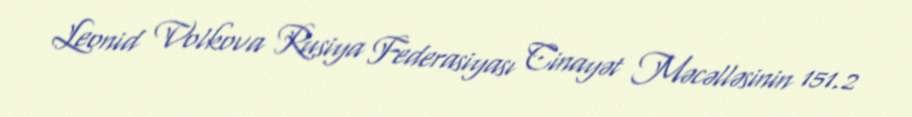
Leonid Volkova Rusiya Federasiyası Cinayət Məcəlləsinin 151.2